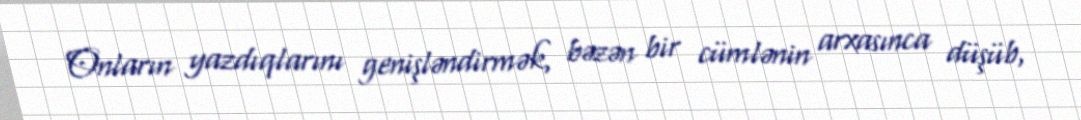
Onların yazdıqlarını genişləndirmək, bəzən bir cümlənin arxasınca düşüb,